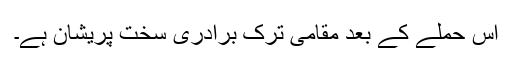
اس حملے کے بعد مقامی ترک برادری سخت پریشان ہے۔